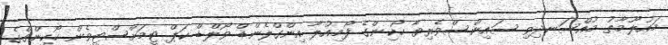
މައުލޫމާތު މުއްސަނދިވި ސައިންސްވެރިޔާ ހޯކިންގެ ފޯމިއުލާ އިންގްލެންޑް ވޯލްޑް ކަޕް ޓީމަށްސްޓީވެން ހޯކިންގްގެ